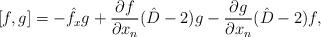
LaTeX: \begin{align*}{}[f, g]=-\hat{f}_xg+\frac{\partial f}{\partial x_n}(\hat{D}-2)g-\frac{\partial g}{\partial x_n}(\hat{D}-2)f,\end{align*}